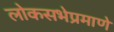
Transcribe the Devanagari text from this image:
लोकसभेप्रमाणे